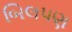
બિલપણ